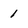
Character: 1